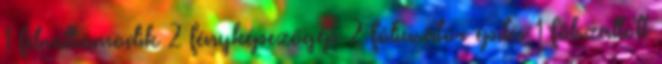
1 félmilliomodik 2 fényképezőgép 2 fóliasátor építés 1 fölszállott